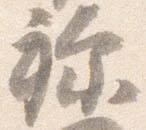
祢